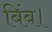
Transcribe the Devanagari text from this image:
बिंब।